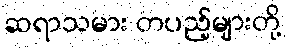
ဆရာသမား တပည့်များတို့